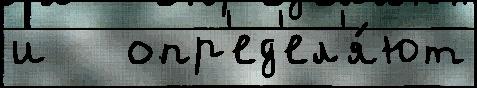
и   опр'ед'ел'я́ют